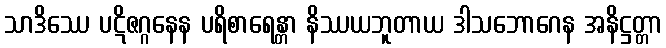
သာဒိဿေ ပဋိဇဂ္ဂနေန ပရိစာရေန္တာ နိဿယဘူတာယ ဒါသဘောဂေန အနိဋ္ဌတ္တာ